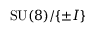
\mathrm { S U } ( 8 ) / \{ \pm I \}